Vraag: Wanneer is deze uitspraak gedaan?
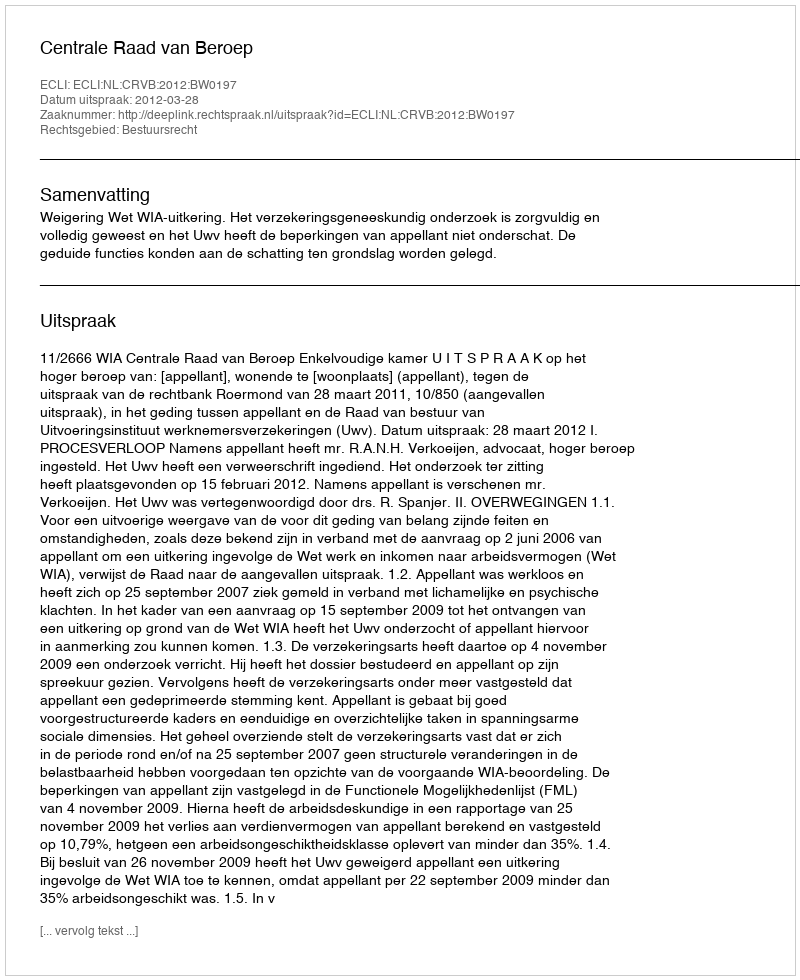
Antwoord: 2012-03-28